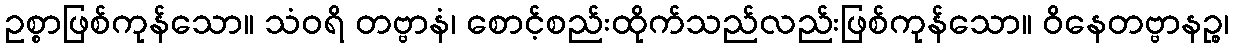
ဥစ္စာဖြစ်ကုန်သော။ သံဝရိ တဗ္ဗာနံ၊ စောင့်စည်းထိုက်သည်လည်းဖြစ်ကုန်သော။ ဝိနေတဗ္ဗာနဉ္စ၊